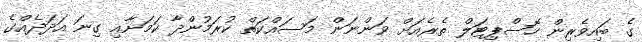
ގެ ބައިވެރިން ހޮސްޕިޓަލް ތެރެއަށް ވަންނަން މަސައްކަތް ކުރަމުންދާ ކަމަށާއި ގިނަ އަދަދެއްގެ